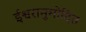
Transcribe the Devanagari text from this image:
ईश्वरानुमोदित